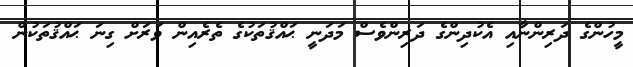
މީހުންގެ ދަރިންނާއި އެކުދިންގެ ދަރިންވެސް މަދަނީ ޙައްޤުތަކުގެ ތެރެއިން ވަރަށް ގިނަ ޙައްޤުތަކުން